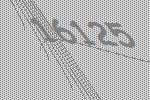
16125